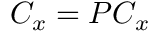
C _ { x } = P C _ { x }